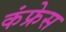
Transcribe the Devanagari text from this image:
कंफ्रेस